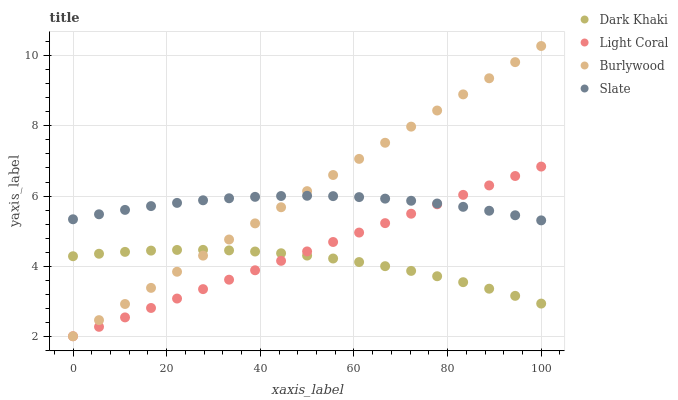
| xaxis_label | Dark Khaki | Light Coral | Burlywood | Slate |
 | --- | --- | --- | --- | --- |
 | 0 | 4.28 | 2 | 2 | 5.34 |
 | 5.56 | 4.35 | 2.27 | 2.46 | 5.48 |
 | 11.1 | 4.41 | 2.54 | 2.92 | 5.6 |
 | 16.7 | 4.44 | 2.81 | 3.38 | 5.71 |
 | 22.2 | 4.46 | 3.08 | 3.84 | 5.8 |
 | 27.8 | 4.46 | 3.34 | 4.3 | 5.88 |
 | 33.3 | 4.45 | 3.61 | 4.76 | 5.94 |
 | 38.9 | 4.42 | 3.88 | 5.22 | 5.98 |
 | 44.4 | 4.37 | 4.15 | 5.68 | 6 |
 | 50 | 4.3 | 4.42 | 6.14 | 6.01 |
 | 55.6 | 4.22 | 4.69 | 6.6 | 6 |
 | 61.1 | 4.12 | 4.96 | 7.06 | 5.97 |
 | 66.7 | 4 | 5.23 | 7.52 | 5.93 |
 | 72.2 | 3.86 | 5.5 | 7.98 | 5.86 |
 | 77.8 | 3.71 | 5.76 | 8.44 | 5.79 |
 | 83.3 | 3.54 | 6.03 | 8.9 | 5.69 |
 | 88.9 | 3.36 | 6.3 | 9.36 | 5.58 |
 | 94.4 | 3.15 | 6.57 | 9.82 | 5.45 |
 | 100 | 2.93 | 6.84 | 10.3 | 5.31 |